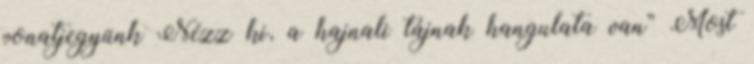
vonatjegyünk Nézz ki, a hajnali tájnak hangulata van” Most